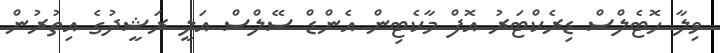
ވިލާ ހޮޓެލްސް ޑިރެކްޓަރު އޮފް މާކެޓިން އެންޑް ސޭލްސް އަލީ ރަޝީދުގެ އިތުރުން